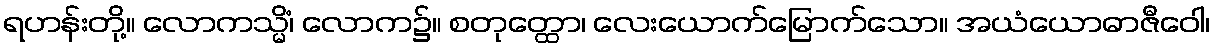
ရဟန်းတို့။ လောကသ္မိံ၊ လောက၌။ စတုတ္ထော၊ လေးယောက်မြောက်သော။ အယံယောဓာဇီဝေါ၊